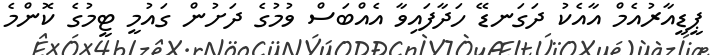
ޕީޑީއާރުއެމް އާއެކު ދަގަނޑޭ ހަދާފައިވާ އެއްބަސް ވުމުގެ ދަށުން ގައުމީ ޓީމުގެ ކޮންމެ